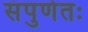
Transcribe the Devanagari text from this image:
संपुर्णतः